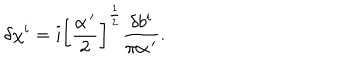
LaTeX: \delta \chi ^ { i } = i \left[ \frac { \alpha ^ { \, \prime } } { 2 } \right] ^ { \frac 1 2 } \frac { \delta b ^ { i } } { \pi \alpha ^ { \, \prime } } .